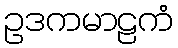
ဥဒကမာဠကံ